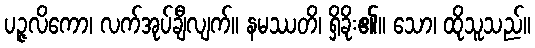
ပဉ္ဇလိကော၊ လက်အုပ်ချီလျက်။ နမဿတိ၊ ရှိခိုး၏။ သော၊ ထိုသူသည်။